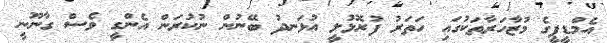
އެމްޑީޕީގެ މުޒާހަރާތަކުގައި ހަތަރު ފުރޮޅުލީ އުޅަނދު ބޭނުން ނުކުރަން އެންގީ ވެސް ގާނޫނީ